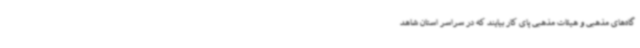
گاه‌های مذهبی و هیئات مذهبی پای کار بیایند که در سراسر استان شاهد